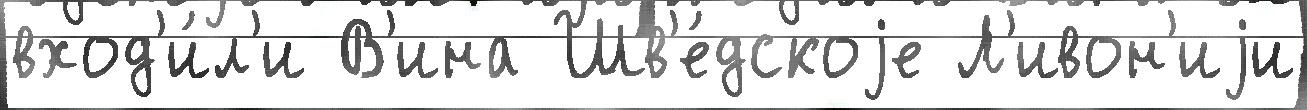
вход'и́л'и В'ина Шв'е́дскоjе Л'ивон'иjи